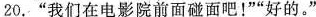
20.”我们在电影院前面碰面吧！””好的。”